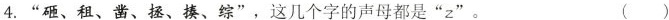
4.”砸、租、凿、拯、揍、综”，这几个字的声母都是”z”。 ()